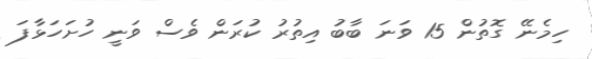
ހިމެނޭ ގޮތުން 15 ވަނަ ބާބު އިތުރު ކުރަން ވެސް ވަނީ ހުށަހަޅާފަ